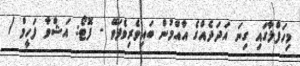
މިހަފްލާގައި ގިނަ އަދަދެއްގެ އާއްމުން ބައިވެރިވެފަވޭ - ފޮޓޯ: އަޝްވާ ފަހީމް /